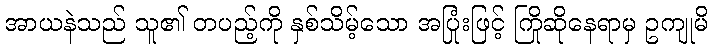
အာယနဲသည် သူ၏ တပည့်ကို နှစ်သိမ့်သော အပြုံးဖြင့် ကြိုဆိုနေရာမှ ဥကျုမိ